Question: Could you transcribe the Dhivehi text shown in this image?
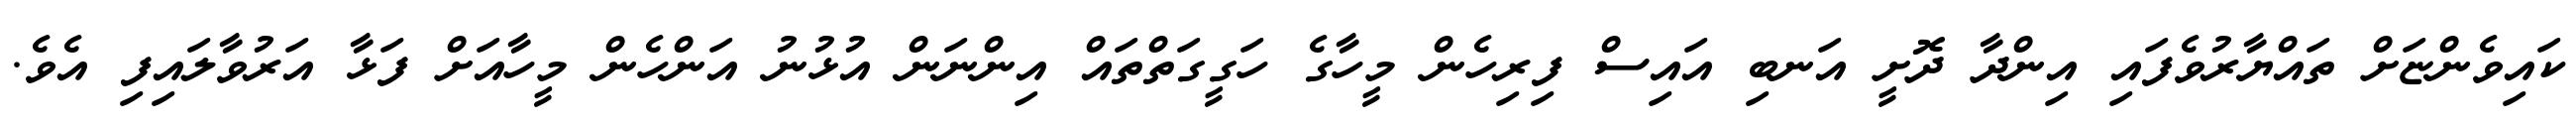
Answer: ކައިވެންޏަށް ތައްޔާރުވެފައި އިންދާ ދޮށީ އަނބި އައިސް ފިރިހެން މީހާގެ ހަގީގަތްތައް އިންނަން އުޅުނު އަންހެން މީހާއަށް ފަޅާ އަރުވާލައިފި އެވެ.